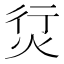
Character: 𰞘